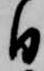
日